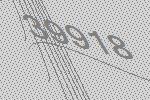
39918